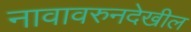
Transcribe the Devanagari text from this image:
नावावरुनदेखील